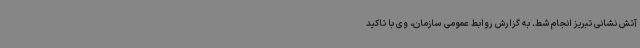
آتش نشانی تبریز انجام شط. به گزارش روابط عمومی سازمان، وی با تاکید